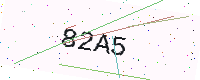
Text: 82A5